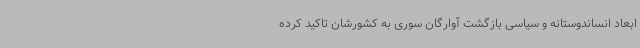
ابعاد انساندوستانه و سیاسی بازگشت آوارگان سوری به کشورشان تاکید کرده